King Institute of Preventive Medicine Micro-Biological Section reports 1912-19
Year: 1912
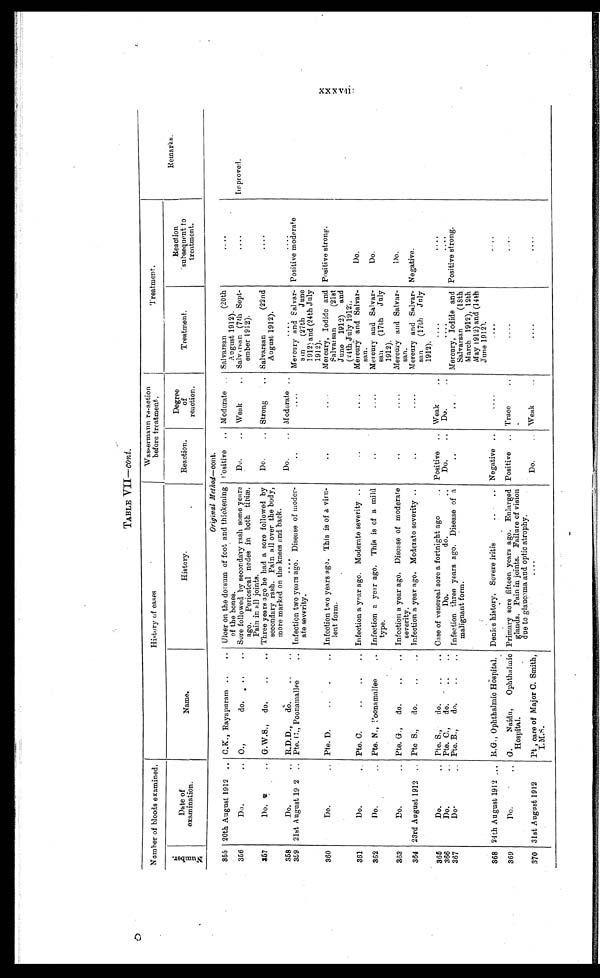
TABLE VII—c o n t .
Number of bloods examined.
History of cases
Wassermann re-action
before treatment.
Treatment.
N u m b e r .
Date of
examination.
Name.
History.
Reaction.
Degree
of
reaction.
Treatment.
Reaction
subsequent to
treatment.
Remarks.
Original Method—cont.
355 20th August 1912 . . . C.K., Rayapuram . . .
Ulcer on the dorsum of foot and thickening
of the bones.
Positive . . . Moderate . . .
Salvarsan (20th
August 1912).
. . .
I m p r o v e d .
356
Do. . . .
O., do. . . .
Sore followed by secondary rash some years
ago. Periosteal nodes in both tibiæ.
Pain in all joints.
Do. . . . Weak . . .
Salvarsan (7th Sept
-ember 1912).
. . .
Salvarsan (22nd
August 1912).
357
Do. . . .
G.W.S., do. . . .
Three years ago he had a sore followed by
secondary rash. Pain all over the body,
more marked on the knees and back.
Do. . . . Strong . . .
. . .
358
Do. . . .
R.D.D., do. . . .
. . .
Do. . . . Moderate . . .
. . .
. . .
359 21st August 19 2 . . .
Mercury and Salvar
-san (27th June
1912) and (24th July
1912).
Pte. C., Poonamallee . . .
Infection two years ago. Disease of mode
-rate severity.
. . .
. . .
Positive moderate
360
Do. . . .
P t e . D . . . .
Infection two years ago. This is of a vi
ru-lent form.
. . .
. . .
Positive strong.
Mercury, Iodide and
Salvarsan (21st
June 1912) and
(24th July 1912).
361
Do. . . .
Pte. C. . . .
Infection a year ago. Moderate severity . . .
. . .
. . .
Do.
Mercury and Salvar
-san.
362
Do. . . .
Pte. N., Poonamallee . . .
Infection a year ago. This is of a mild
type.
. . .
. . .
Do.
Mercury and Salvar-
san
(17th
July
1912).
363
Do. . . .
Pte. G.,
do. . . .
Infection a year ago. Disease of moderate
severity.
. . .
. . .
D o . . . .
Mercury and Salvar
-san.
Mercury and Salvar
-san (17th July
1912).
364 23rd August 1912 . . .
Pte S.,
do. . . .
Infection a year ago. Moderate severity.
. . .
. . .
Negative.
365
Do. . . .
Pte. S., do. . . .
Case of venereal sore a fortnight ago . . .
Positive . . . Weak . . .
. . .
. . .
366
Do. . . .
Pte. C.,
do. . . .
Do. do. . . .
Do. . . .
D o . . . .
. . .
. . .
367
Do. . . .
Pte. B., do. . . .
Infection three years ago. Disease of a
malignant form.
. . .
. . . Mercury, Iodide and
Salvarsan (18th
March 1912), 12th
May 1912) and (14th
June 1912).
Positive strong.
368 24th August 1912 . . . R.G., Ophthalmic Hospital. Denies history. Severe iritis . . .
Negative . . .
. . .
. . .
. . .
369
Do. . . .
G. Naidu, Ophthalmic
Hospital.
Primary sore fifteen years ago. Enlarged
glands. Pain in joints. Failure of vision
due to glaucoma and optic atrophy.
Positive . . . Trace . . .
. . .
. . .
Weak . . .
370 31st August 1912
Pt , care of Major C. Smith,
I.M.S.
. . .
Do. . . .
. . .
. . .
xxxvi i i